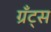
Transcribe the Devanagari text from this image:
ग्रँट्स